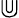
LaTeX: \Cup